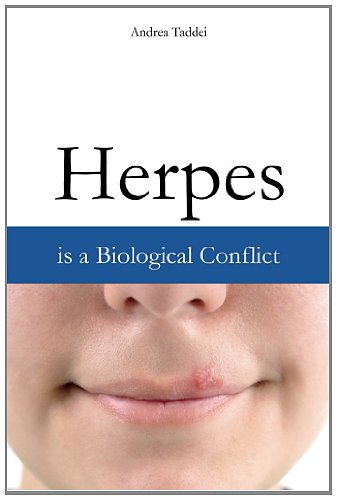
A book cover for Herpes is a Biological Conflict; Andrea Taddei; Health, Fitness & Dieting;